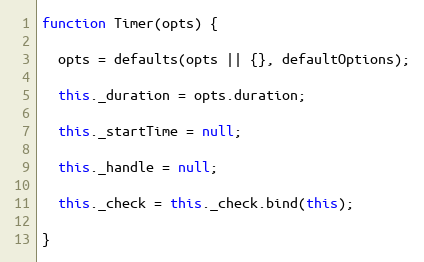
Language: JavaScript
function Timer(opts) {

  opts = defaults(opts || {}, defaultOptions);

  this._duration = opts.duration;

  this._startTime = null;

  this._handle = null;

  this._check = this._check.bind(this);

}